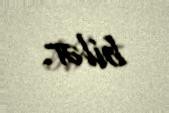
bilər.